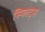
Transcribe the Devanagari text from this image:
स्प्लिट्स